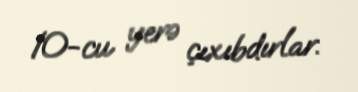
10-cu yerə çıxıbdırlar.